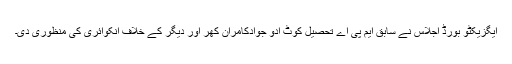
ایگزیکٹو بورڈ اجلاس نے سابق ایم پی اے تحصیل کوٹ ادو جوادکامران کھر اور دیگر کے خلاف انکوائری کی منظوری دی۔